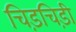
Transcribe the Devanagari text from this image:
चिड़चिड़ी